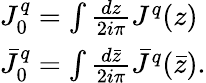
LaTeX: \begin{array}{lcr}{{J_{0}^{q}=\int{\frac{dz}{2i\pi}}J^{q}(z)}}\\ {{\bar{J}_{0}^{q}=\int{\frac{d{\bar{z}}}{2i\pi}}{\bar{J}}^{q}(\bar{z}).}}\end{array}